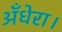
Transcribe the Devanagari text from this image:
अँधेरा।